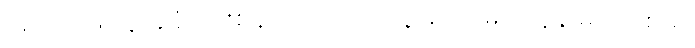
အသားဖြူသူ၊ ခုခံအားစနစ် လျော့ကျသူ၊ မှဲ့ပေါများသူနဲ့ မိသားစုမှာ